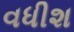
વધીશ